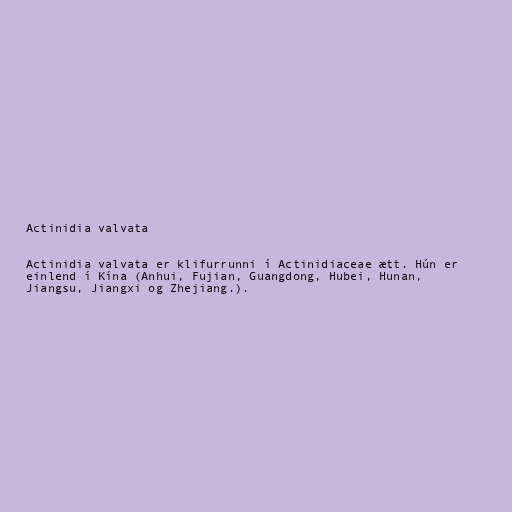
Actinidia valvata

Actinidia valvata er klifurrunni í Actinidiaceae ætt. Hún er
einlend í Kína (Anhui, Fujian, Guangdong, Hubei, Hunan,
Jiangsu, Jiangxi og Zhejiang.).